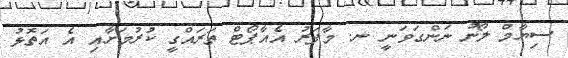
ސިޔާމް ލޯނު ނަންގަވަނީ ނ. މާފަރު އެއާޕޯޓް ތަރައްގީ ކުރުމަށާއި އެ އަތޮޅު